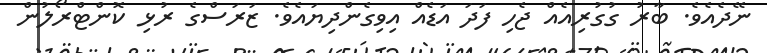
ނޭދެއެވެ. ބާރު ގުގުރިއެއް ޖެހި ފަދަ އަޑެއް އިވިގެންދިޔައެވެ. ޒަރަސްގެ ރުޅި ކޮންޓްރޯލުން